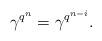
LaTeX: \begin{align*} \gamma^{q^n}=\gamma^{q^{n-i}}. \end{align*}